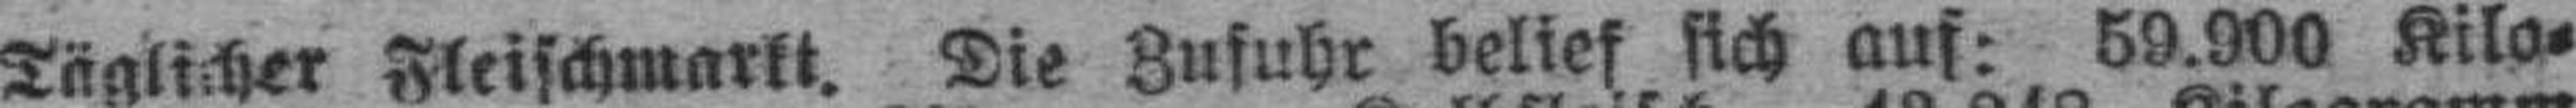
Täglicher Fleischmarkt. Die Zufuhr belief sich auf: 59.900 Kilo¬